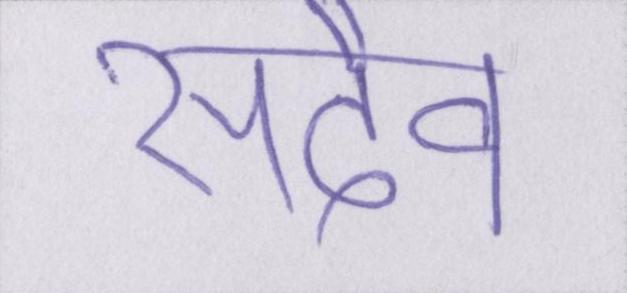
सदैव